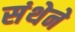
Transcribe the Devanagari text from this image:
संथेने